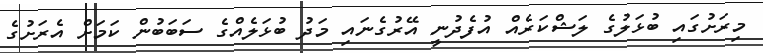
މިރަށުގައި ބުޅަލުގެ ލަޝްކަރެއް އުފެދުނީ އޭރުގެނައި މަދު ބުޅަލެއްގެ ސަބަބުން ކަމަށް އެރަށުގެ